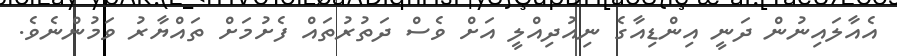
އެއާލައިނުން ދަނީ އިންޑިއާގެ ނިއުދިއްލީ އަށް ވެސް ދަތުރުތައް ފެށުމަށް ތައްޔާރު ވަމުންނެވެ.